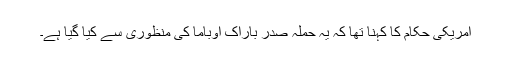
امریکی حکام کا کہنا تھا کہ یہ حملہ صدر باراک اوباما کی منظوری سے کیا گیا ہے۔